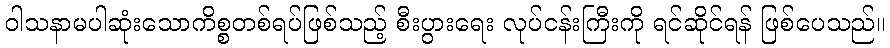
ဝါသနာမပါဆုံးသောကိစ္စတစ်ရပ်ဖြစ်သည့် စီးပွားရေး လုပ်ငန်းကြီးကို ရင်ဆိုင်ရန် ဖြစ်ပေသည်။